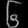
Digit: ၆